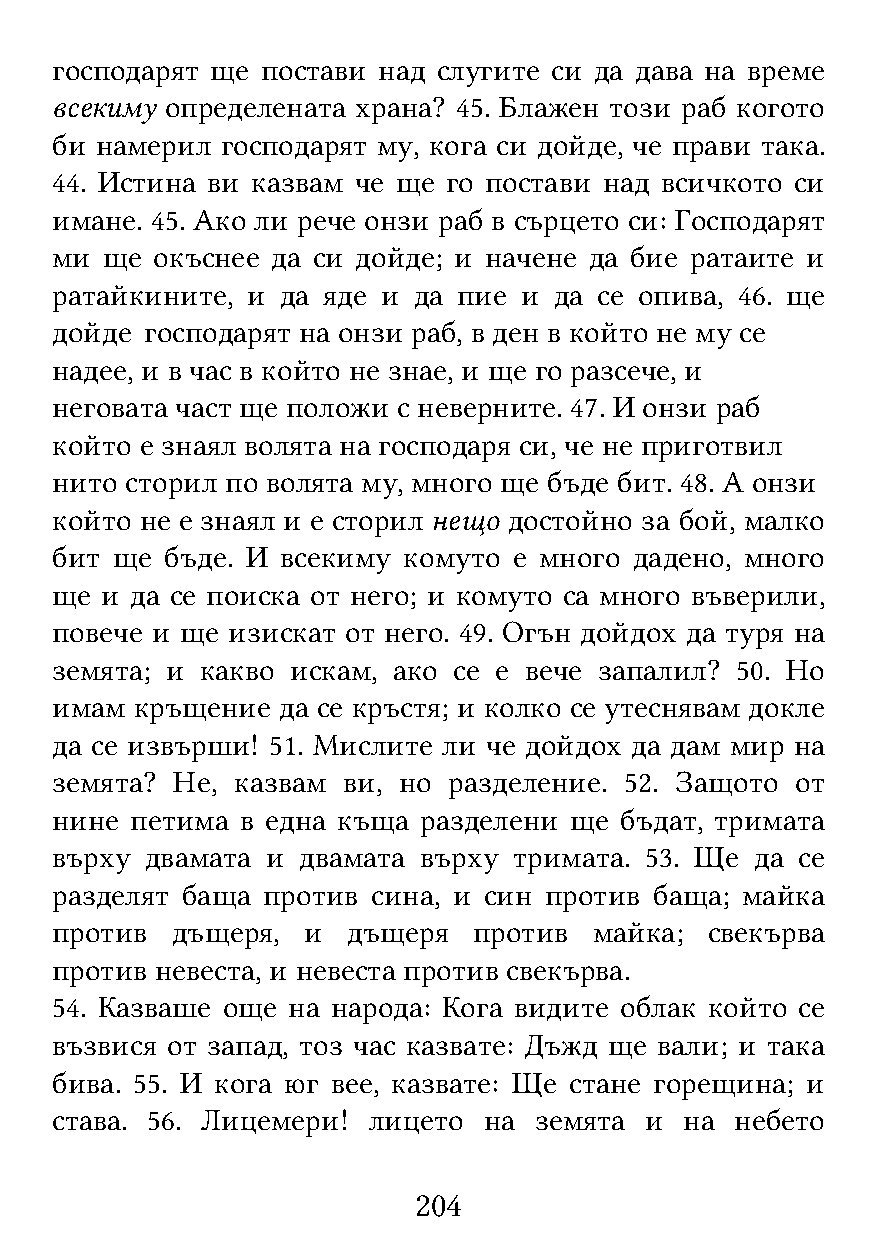
господарят ще постави над слугите си да дава на време
 всекиму определената храна? 45. Блажен този раб когото
 би намерил  господарят му, кога си дойде, че прави така.
 44. Истина ви казвам че ще го постави над всичкото си
 имане. 45. Ако ли рече онзи раб в сърцето си: Господарят
 ми  ще окъснее да си дойде; и начене да бие ратаите и
 ратайкините, и  да яде и да пие и да се опива, 46. ще
 дойде  господарят на онзи раб, в ден в който не му се
 надее, и в час в който не знае, и ще го разсече, и
 неговата част ще положи с неверните. 47. И онзи раб
 който е знаял волята на господаря си, че не приготвил
 нито сторил по волята му, много ще бъде бит. 48. А онзи
 който не е знаял и е сторил нещо достойно за бой, малко
 бит ще  бъде. И всекиму комуто е много дадено, много
 ще  и да се поиска от него; и комуто са много въверили,
 повече и ще изискат от него. 49. Огън дойдох да туря на
 земята; и какво искам, ако се е вече запалил? 50. Но
 имам  кръщение да се кръстя; и колко се утеснявам докле
 да се извърши! 51. Мислите ли че дойдох да дам мир на
 земята? Не, казвам  ви, но разделение. 52. Защото от
 нине  петима в една къща разделени ще бъдат, тримата
 върху  двамата и двамата върху тримата. 53. Ще да се
 разделят баща против  сина, и син против баща; майка
 против  дъщеря,  и  дъщеря  против  майка;  свекърва
 против невеста, и невеста против свекърва.
 54. Казваше още на народа: Кога видите облак който се
 възвися от запад, тоз час казвате: Дъжд ще вали; и така
 бива. 55. И кога юг вее, казвате: Ще стане горещина; и
 става. 56. Лицемери! лицето  на земята  и на  небето
 204